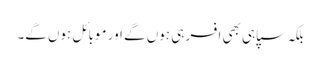
بلکہ سپاہی بھی افسر ہی ہوں گے اور موبائل ہوں گے۔